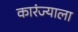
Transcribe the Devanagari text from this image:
कारंज्याला